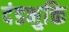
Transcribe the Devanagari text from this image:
दंडभुक्ति